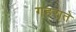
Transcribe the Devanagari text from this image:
गहराते